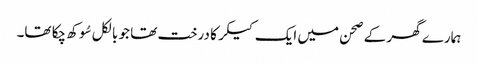
ہمارے گھر کے صحن میں ایک کیکر کا درخت تھا جو بالکل سُوکھ چکا تھا۔